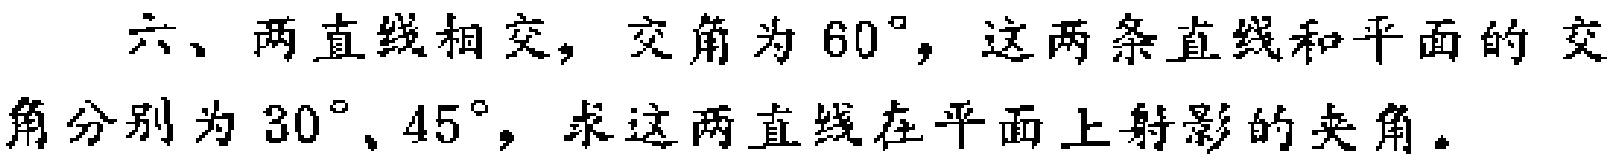
六、两直线相交，交角为\(60^{\circ}\)，这两条直线和平面的交角分别为\(30^{\circ}\)、\(45^{\circ}\)，求这两直线在平面上射影的夹角。